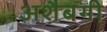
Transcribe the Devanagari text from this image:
अशैबगी